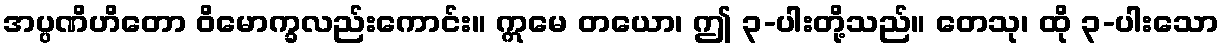
အပ္ပဏိဟိတော ဝိမောက္ခလည်းကောင်း။ ဣမေ တယော၊ ဤ ၃-ပါးတို့သည်။ တေသု၊ ထို ၃-ပါးသော